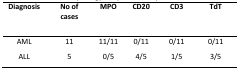
<table><thead><tr><td><b>Diagnosis</b></td><td><b>No of cases</b></td><td><b>MPO</b></td><td><b>CD20</b></td><td><b>CD3</b></td><td><b>TdT</b></td></tr></thead><tbody><tr><td>AML</td><td>11</td><td>11/11</td><td>0/11</td><td>0/11</td><td>0/11</td></tr><tr><td>ALL</td><td>5</td><td>0/5</td><td>4/5</td><td>1/5</td><td>3/5</td></tr></tbody></table>